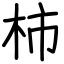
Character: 柿